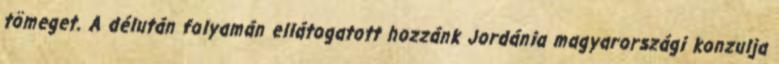
tömeget. A délután folyamán ellátogatott hozzánk Jordánia magyarországi konzulja